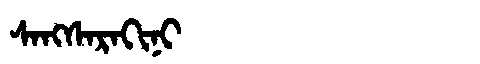
Manchu: ᠰᠠᠩᠰᠠᡵᠠᡴᡳᠨᡳ
Romanization: SANGSARAKINI